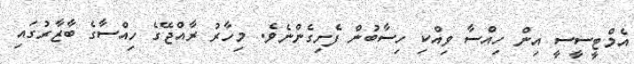
އެމްޓީސީސީ އިން ހިއްސާ ވިއްކި ހިސާބުން ފެށިގެންނެވެ. މިހާރު ރާއްޖޭގެ ހިއްސާގެ ބާޒާރުގައި